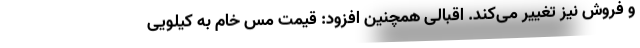
و فروش نیز تغییر می‌کند. اقبالی همچنین افزود: قیمت مس خام به کیلویی